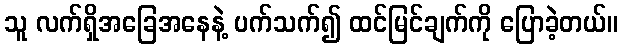
သူ လက်ရှိအခြေအနေနဲ့ ပက်သက်၍ ထင်မြင်ချက်ကို ပြောခဲ့တယ်။